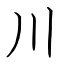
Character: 川